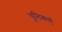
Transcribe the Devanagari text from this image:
यूलिकाएँ